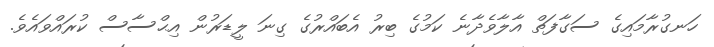
ހަނގުރާމައިގެ ސަގާފަތް އާލާވެދާނެ ކަމުގެ ބިރު އެބައްރުގެ ގިނަ ލީޑަރުން އިޙްސާސް ކުރައްވައެވެ.